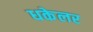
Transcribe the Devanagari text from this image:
धकेलर